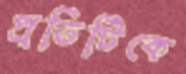
প্রতিটিকে